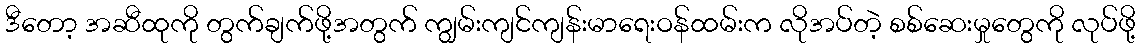
ဒီတော့ အဆီထုကို တွက်ချက်ဖို့အတွက် ကျွမ်းကျင်ကျန်းမာရေးဝန်ထမ်းက လိုအပ်တဲ့ စစ်ဆေးမှုတွေကို လုပ်ဖို့